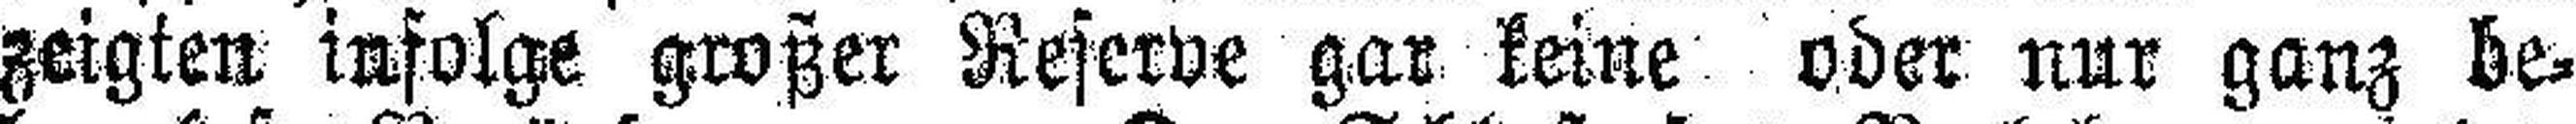
zeigten infolge großer Reserve gar keine oder nur ganz be¬